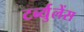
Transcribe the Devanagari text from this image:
टर्ब्युलेंस